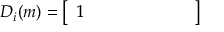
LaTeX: D _ { i } ( m ) = { \left[ \begin{array} { l l l l l l l } { 1 } & { } & { } & { } & { } & { } & { } \end{array} \right] }